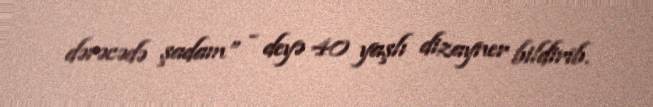
dərəcədə şadam” - deyə 40 yaşlı dizayner bildirib.